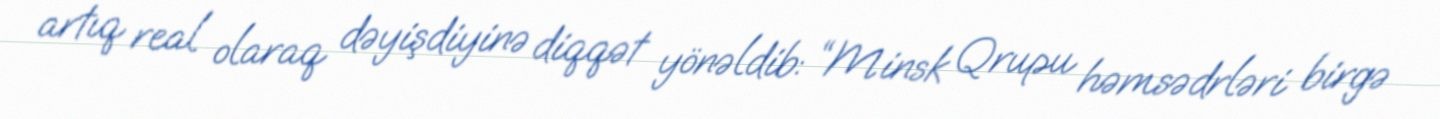
artıq real olaraq dəyişdiyinə diqqət yönəldib: “Minsk Qrupu həmsədrləri birgə